Annual report of the Camel Specialist
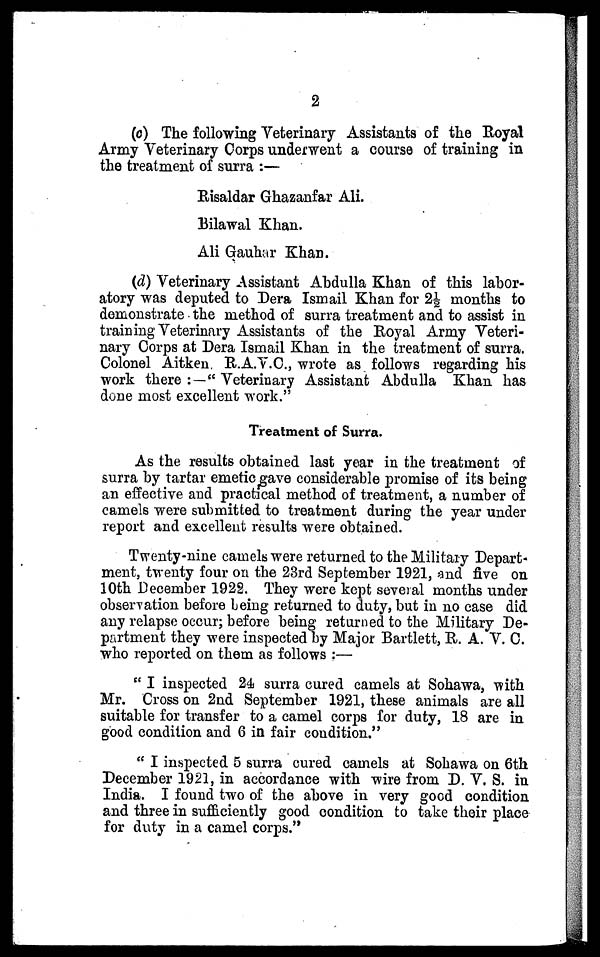
2
(c) The following Veterinary Assistants of the Royal
Army Veterinary Corps underwent a course of training in
the treatment of surra :—
Risaldar Ghazanfar Ali.
Bilawal Khan.
Ali Gauhar Khan.
(d) Veterinary Assistant Abdulla Khan of this labor-
atory was deputed to Dera Ismail Khan for 2½ months to
demonstrate the method of surra treatment and to assist in
training Veterinary Assistants of the Royal Army Veteri-
nary Corps at Dera Ismail Khan in the treatment of surra.
Colonel Aitken R.A.V.C., wrote as follows regarding his
work there :—"Veterinary Assistant Abdulla Khan has
done most excellent work."
Treatment of Surra.
As the results obtained last year in the treatment of
surra by tartar emetic gave considerable promise of its being
an effective and practical method of treatment, a number of
camels were submitted to treatment during the year under
report and excellent results were obtained.
Twenty-nine camels were returned to the Military Depart-
ment, twenty four on the 23rd September 1921, and five on
10th December 1922. They were kept several months under
observation before being returned to duty, but in no case did
any relapse occur; before being returned to the Military De-
partment they were inspected by Major Bartlett, R. A. V. C.
who reported on them as follows :—
" I inspected 24 surra cured camels at Sohawa, with
Mr. Cross on 2nd September 1921, these animals are all
suitable for transfer to a camel corps for duty, 18 are in
good condition and 6 in fair condition."
" I inspected 5 surra cured camels at Sohawa on 6th
December 1921, in accordance with wire from D. V. S. in
India. I found two of the above in very good condition
and three in sufficiently good condition to take their place
for duty in a camel corps."